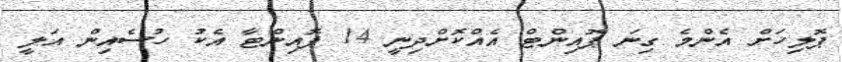
ޕޮލިހަށް އެންމެ ގިނަ ޕޮއިންޓް އެއްކޮށްދިނީ 14 ޕޮއިންޓާ އެކު ހުސެއިން އަލީ